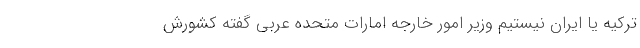
ترکیه یا ایران نیستیم وزیر امور خارجه امارات متحده عربی گفته کشورش